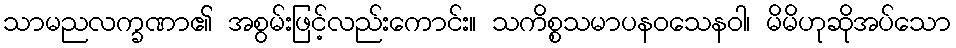
သာမညလက္ခဏာ၏ အစွမ်းဖြင့်လည်းကောင်း။ သကိစ္စသမာပနဝသေနဝါ၊ မိမိဟုဆိုအပ်သော